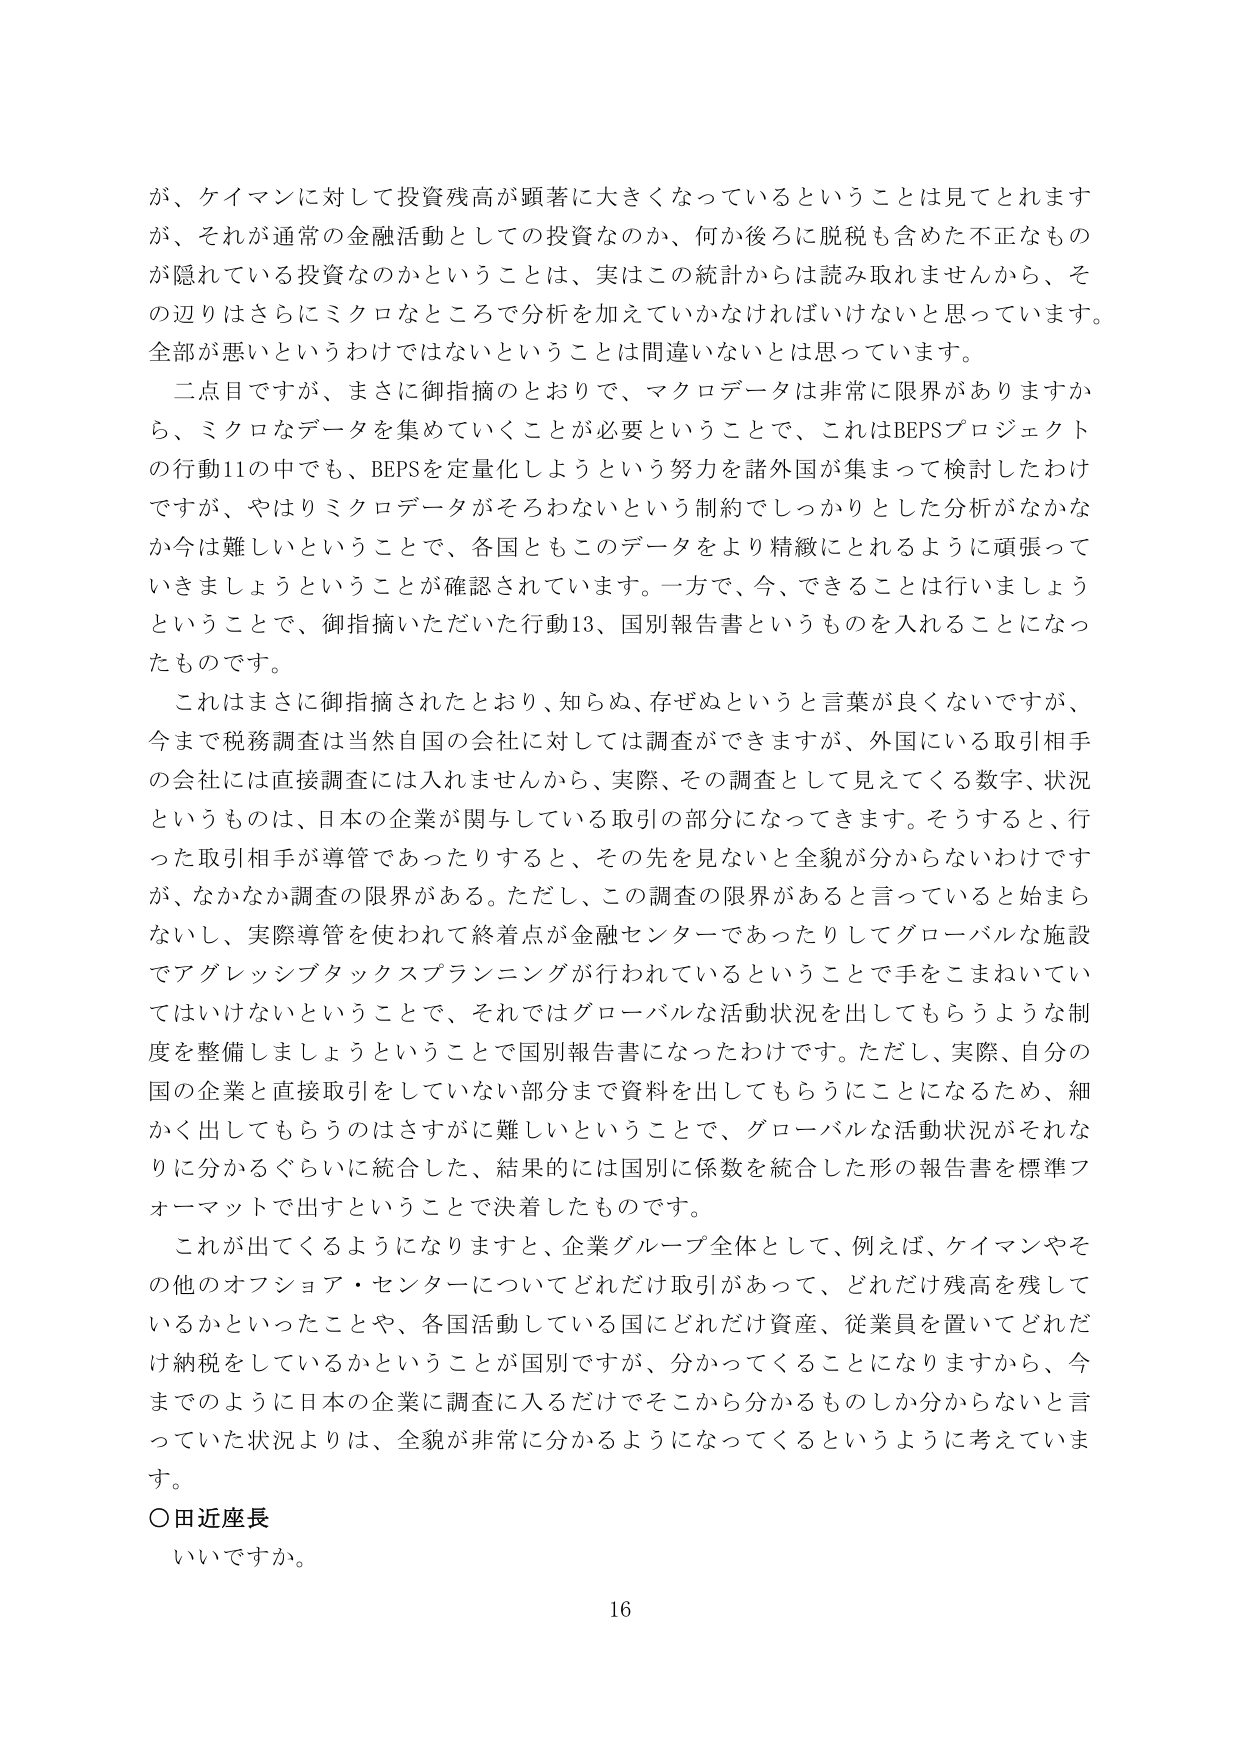
が、ケイマンに対して投資残高が顕著に大きくなっているということは見てとれます
が、それが通常の金融活動としての投資なのか、何か後ろに脱税も含めた不正なもの
が隠れている投資なのかということは、実はこの統計からは読み取れませんから、そ
の辺りはさらにミクロなところで分析を加えていかなければいけないと思っています。
全部が悪いというわけではないということは間違いないとは思っています。
　二点目ですが、まさに御指摘のとおりで、マクロデータは非常に限界がありますか
ら、ミクロなデータを集めていくことが必要ということで、これはBEPSプロジェクト
の行動11の中でも、BEPSを定量化しようという努力を諸外国が集まって検討したわけ
ですが、やはりミクロデータがそろわないという制約でしっかりとした分析がなかな
か今は難しいということで、各国ともこのデータをより精緻にとれるように頑張って
いきましょうということが確認されています。一方で、今、できることは行いましょう
ということで、御指摘いただいた行動13、国別報告書というものを入れることになっ
たものです。
　これはまさに御指摘されたとおり、知らぬ、存ぜぬというと言葉が良くないですが、
今まで税務調査は当然自国の会社に対しては調査ができますが、外国にいる取引相手
の会社には直接調査には入れませんから、実際、その調査として見えてくる数字、状況
というものは、日本の企業が関与している取引の部分になってきます。そうすると、行
った取引相手が導管であったりすると、その先を見ないと全貌が分からないわけです
が、なかなか調査の限界がある。ただし、この調査の限界があると言っていると始まら
ないし、実際導管を使われて終着点が金融センターであったりしてグローバルな施設
でアグレッシブタックスプランニングが行われているということで手をこまねいてい
てはいけないということで、それではグローバルな活動状況を出してもらうような制
度を整備しましょうということで国別報告書になったわけです。ただし、実際、自分の
国の企業と直接取引をしていない部分まで資料を出してもらうことになるため、細
かく出してもらうのはさすがに難しいということで、グローバルな活動状況がそれな
りに分かるぐらいに統合した、結果的には国別に係数を統合した形の報告書を標準フ
ォーマットで出すということで決着したものです。
　これが出てくるようになりますと、企業グループ全体として、例えば、ケイマンやそ
の他のオフショア・センターについてどれだけ取引があって、どれだけ残高を残して
いるかといったことや、各国活動している国にどれだけ資産、従業員を置いてどれだ
け納税をしているかということが国別ですが、分かってくることになりますから、今
までのように日本の企業に調査に入るだけでそこから分かるものしか分からないと言
っていた状況よりは、全貌が非常に分かるようになってくるというように考えていま
す。
○田近座長
　いいですか。
16